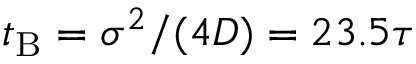
t _ { \mathrm { B } } = \sigma ^ { 2 } / ( 4 D ) = 2 3 . 5 \tau